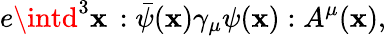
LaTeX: e\intd^{3}\mathbf{x}\, :\bar{{\psi}}(\mathbf{x})\gamma_{\mu}\psi(\mathbf{x}):A^{\mu}(\mathbf{x}),